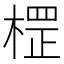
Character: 𣗵